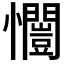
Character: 𭟥